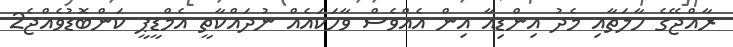
ރާއްޖޭގެ ހާލަތާއި މެދު އިންޑިއާ އިން އެއްވެސް ވާހަކައެއް ނުދައްކާތީ އެމްޑީޕީ ކަންބޮޑުވެއްޖެ2